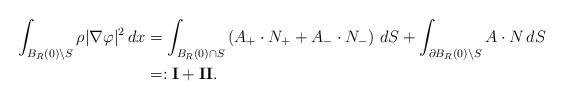
LaTeX: \begin{align*} \int_{B_R(0) \setminus S} \rho |\nabla \varphi|^2 \, dx &= \int_{B_R(0) \cap S} \left( A_{+} \cdot N_+ + A_{-} \cdot N_- \right) \, dS + \int_{\partial B_R(0) \setminus S} A \cdot N \, dS \\ & =: \mathbf{I} + \mathbf{II}. \end{align*}